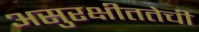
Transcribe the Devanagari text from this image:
असुरक्षीततेची